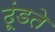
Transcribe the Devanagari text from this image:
ढूंडते